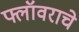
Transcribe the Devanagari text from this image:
फ्लॉवराचे